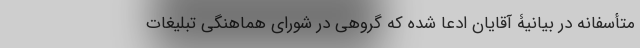
متأسفانه در بیانیۀ آقایان ادعا شده که گروهی در شورای هماهنگی تبلیغات